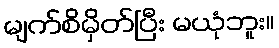
မျက်စိမှိတ်ပြီး မယုံဘူး။